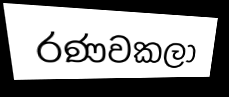
රණවකලා